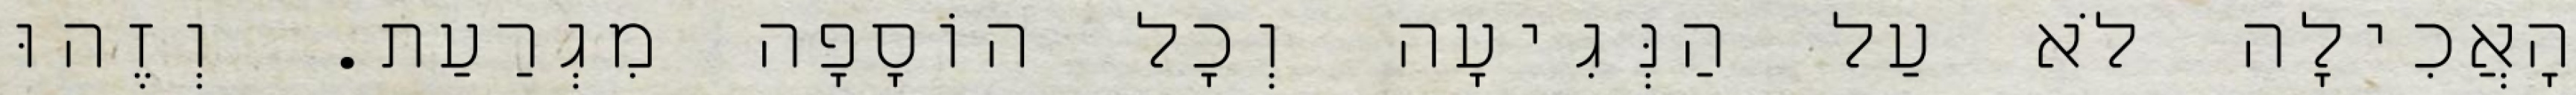
הָאֲכִילָה לֹא עַל הַנְּגִיעָה וְכׇל הוֹסָפָה מִגְרַעַת. וְזֶהוּ